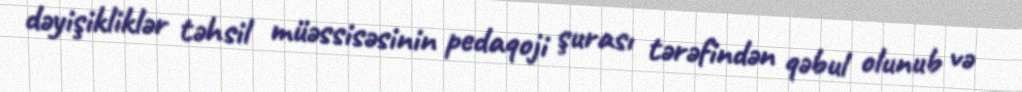
dəyişikliklər təhsil müəssisəsinin pedaqoji şurası tərəfindən qəbul olunub və